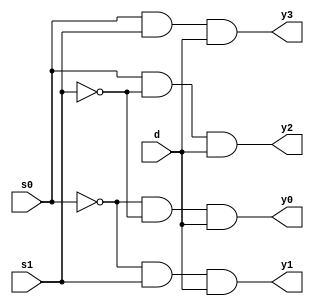
`timescale 1ns / 1ps
//////////////////////////////////////////////////////////////////////////////////
// Company: 
// 
// Design Name: 
// Module Name: demux_4x1
// Project Name: 
// Target Devices: 
// Tool Versions: 
// Description: 
// 
// Dependencies: 
// 
// Revision:
// Revision 0.01 - File Created
// Additional Comments:
// 
//////////////////////////////////////////////////////////////////////////////////


module demux_4x1(input s0,
                 input s1,
                 input d,
                 output y0,
                 output y1,
                 output y2,
                 output y3);
                 
    assign y0 = ~s0 & ~s1 & d;
    assign y1 = ~s0 & s1 & d;
    assign y2 = s0 & ~s1 & d;
    assign y3 = s0 & s1 & d;  
    
endmodule